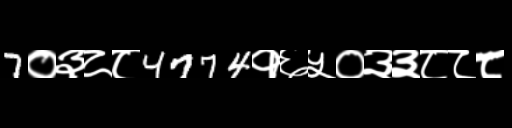
Text: 7०३८८4774१६५०३३८८८